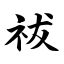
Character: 祓